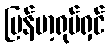
မြန်မာ့ရုပ်ရှင်